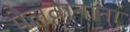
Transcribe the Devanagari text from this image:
पैलवानांना